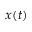
x ( t )